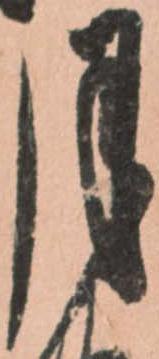
月